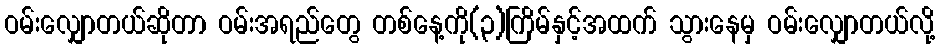
ဝမ်းလျှောတယ်ဆိုတာ ဝမ်းအရည်တွေ တစ်နေ့ကို(၃)ကြိမ်နှင့်အထက် သွားနေမှ ဝမ်းလျှောတယ်လို့